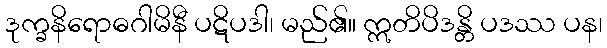
ဒုက္ခနိရောဓဂါမိနီ ပဋိပဒါ၊ မည်၏။ ဣတိပိဒန္တိ ပဒဿ ပန၊